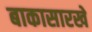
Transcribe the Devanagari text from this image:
बाकासारखे